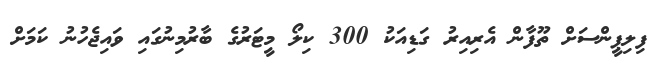
ފިލިޕީންސަށް ތޫފާން އެރިއިރު ގަޑިއަކު 300 ކިލޯ މީޓަރުގެ ބާރުމިނުގައި ވައިޖެހުނު ކަމަށް